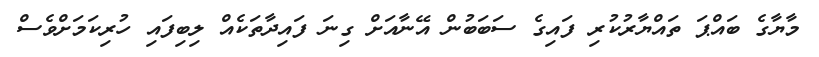
މާޔާގެ ބައްޕަ ތައްޔާރުކުރި ފައިގެ ސަބަބުން އޭނާއަށް ގިނަ ފައިދާތަކެއް ލިބިފައި ހުރިކަމަށްވެސް